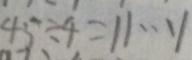
4 5 \div 4 = 1 1 \cdots 1